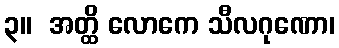
၃။  အတ္ထိ လောကေ သီလဂုဏော၊